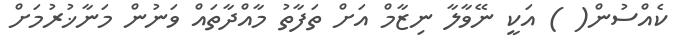
ކެއްސުން( ) އަކީ ނޭވާލާ ނިޒާމް އަށް ތަފާތު މާއްދާތައް ވަނުން މަނާޚުރުމަށް